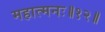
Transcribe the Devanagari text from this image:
महात्मनः॥१२॥